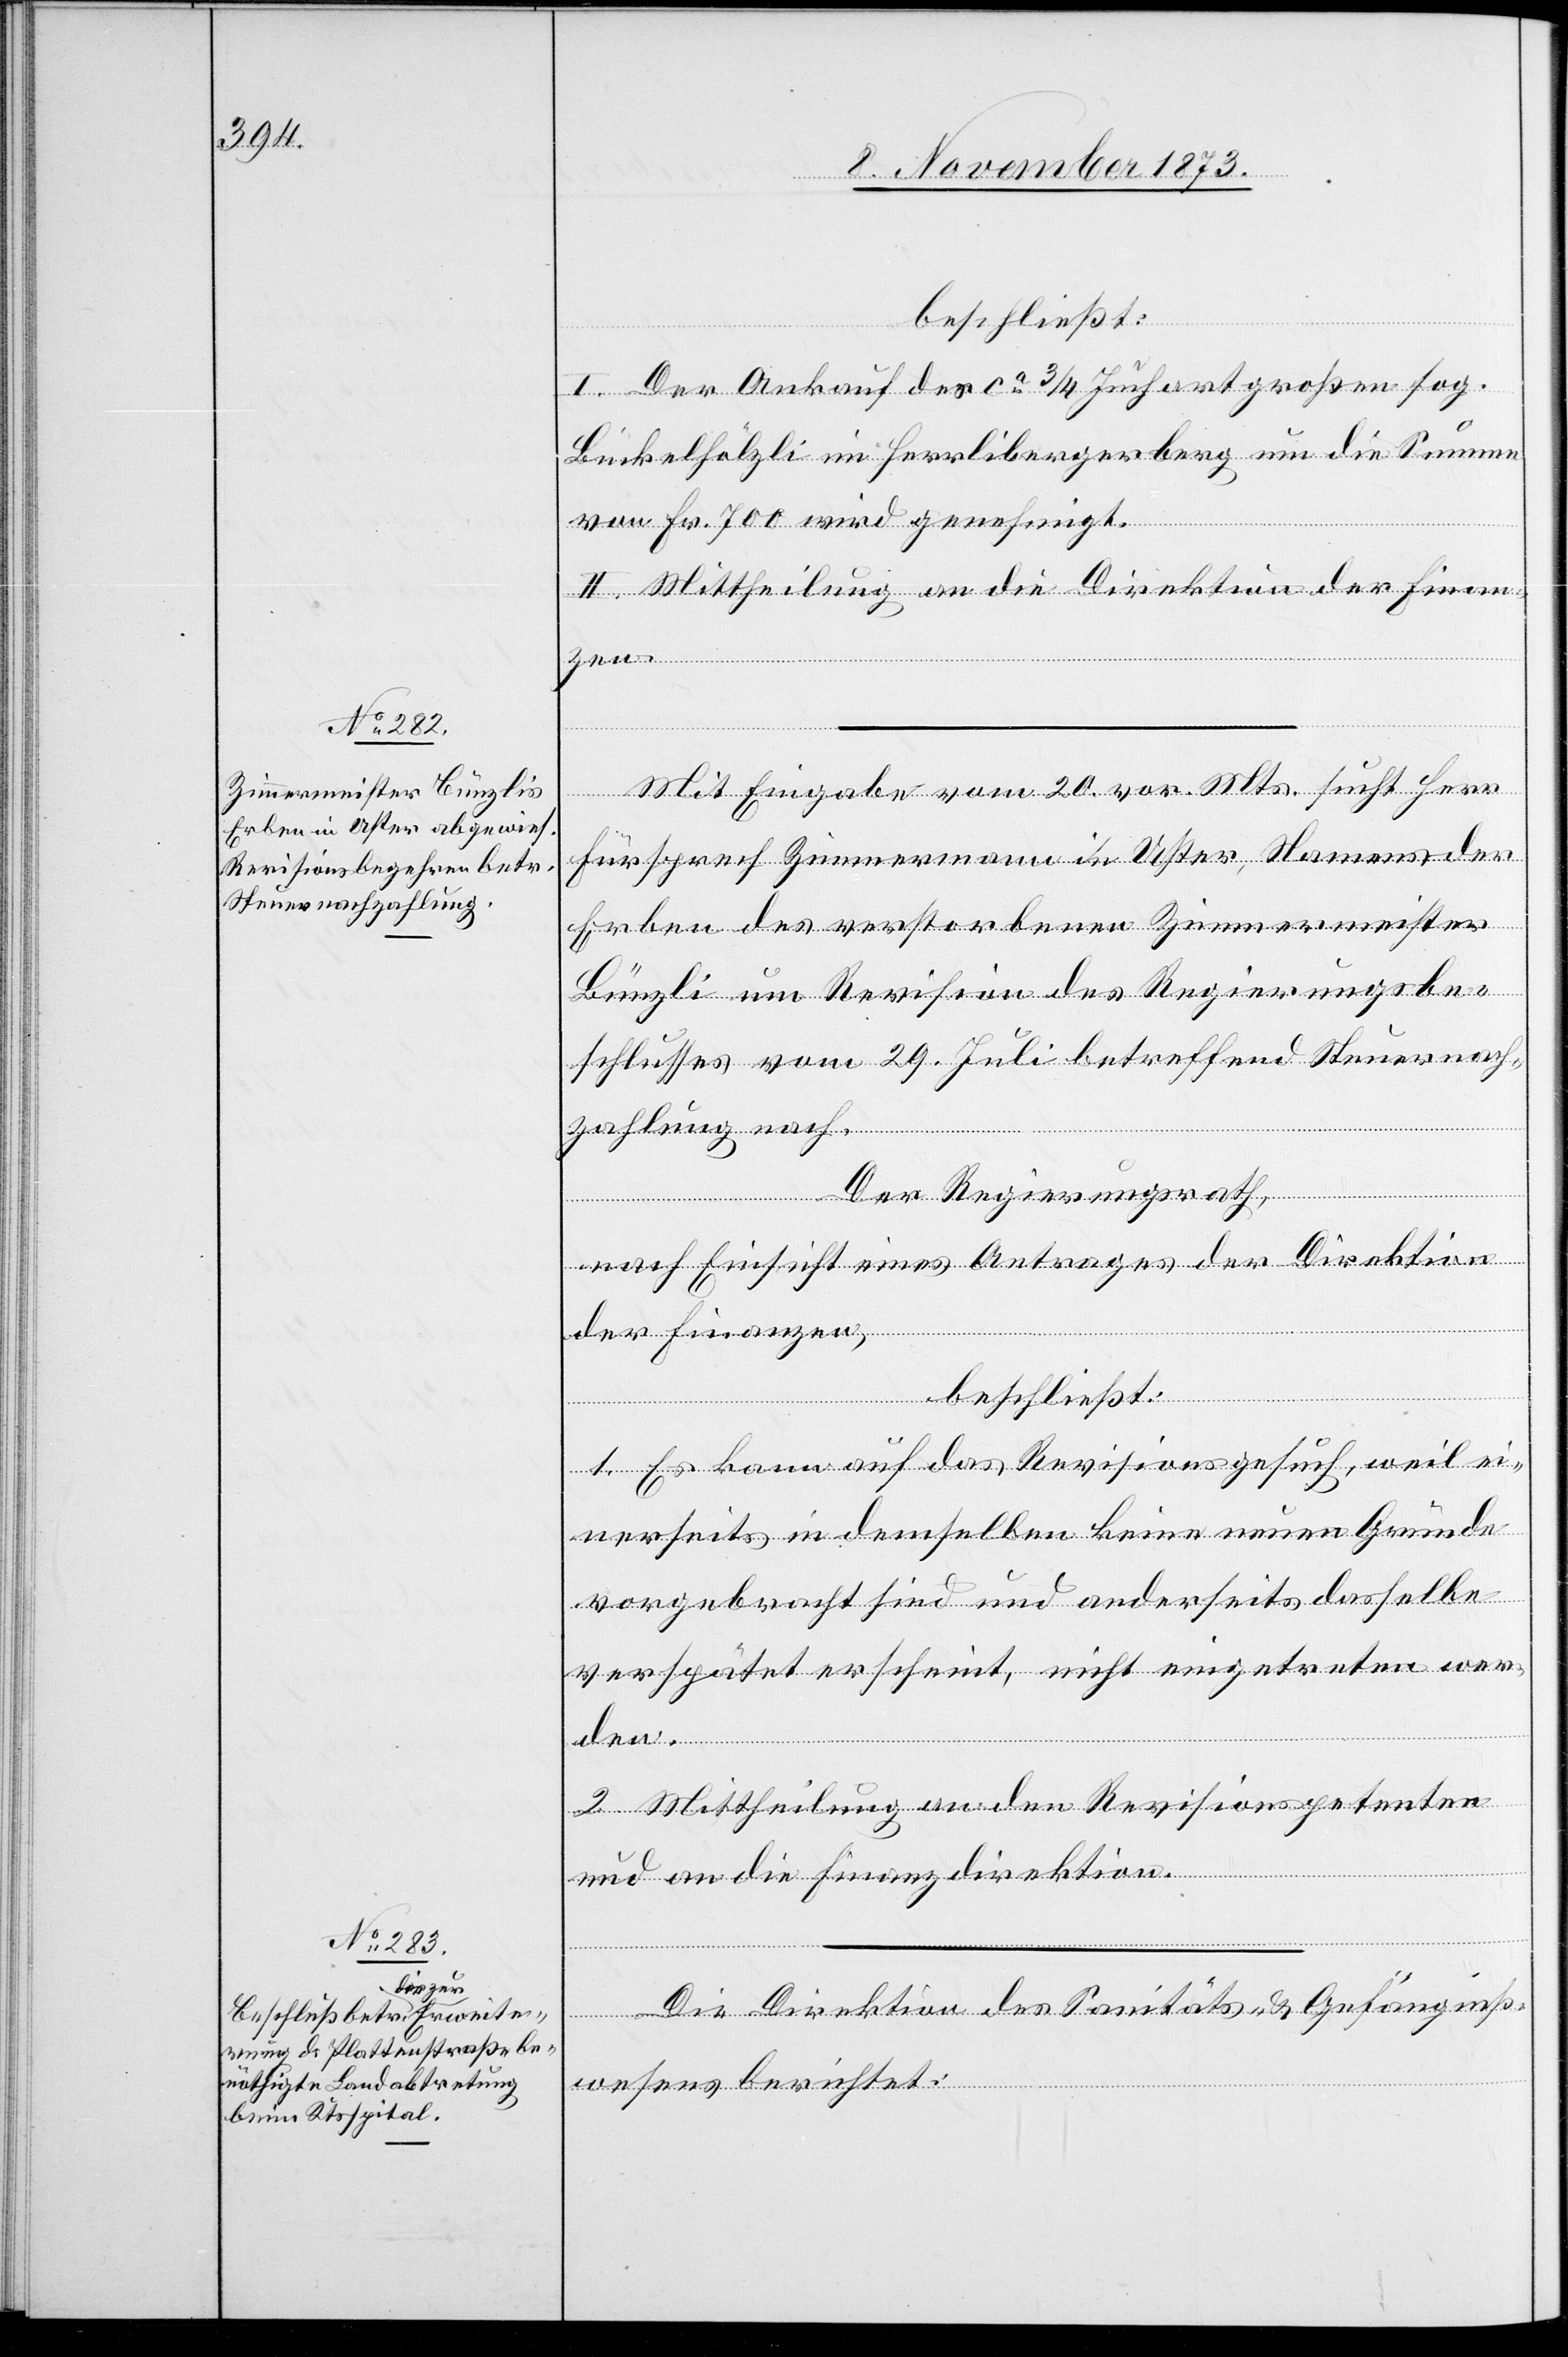
beschließt:
I. Der Ankauf des ca 3/4 Juchart großen sog.
Bückelhölzli im Herrlibergerberg um die Summe
von Fr. 700 wird genehmigt.
II. Mittheilung an die Direktion der Finan¬
Mit Eingabe vom 20. vor. Mts. sucht Herr
Fürsprech Zimmermann in Uster, Namens der
Erben des verstorbenen Zimmermeister
Bünzli um Revision des Regierungsbe¬
schlusses vom 29. Juli betreffend Steuernach¬
zahlung nach.
zen.
Der Regierungsrath,
nach Einsicht eines Antrages der Direktion
der Finanzen,
beschließt:
1. Es kann auf das Revisionsgesuch, weil ei¬
nerseits in demselben keine neuen Gründe
vorgebracht sind und anderseits dasselbe
verspätet erscheint, nicht eingetreten wer¬
den.
2. Mittheilung an den Revisionspetenten
und an die Finanzdirektion.
Die Direktion des Sanitäts- & Gefängniß¬
wesens berichtet: